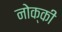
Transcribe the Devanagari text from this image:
नोक्की